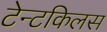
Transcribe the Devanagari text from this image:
टेन्टकिलस